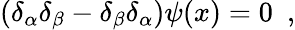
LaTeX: (\delta_{\alpha}\delta_{\beta}-\delta_{\beta}\delta_{\alpha})\psi(x)=0\, \, \, ,